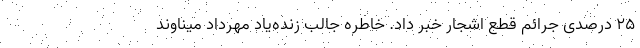
۲۵ درصدی جرائم قطع اشجار خبر داد. خاطره جالب زنده‌یاد مهرداد میناوند